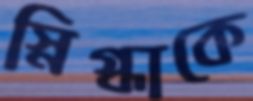
স্নিগ্ধাকে